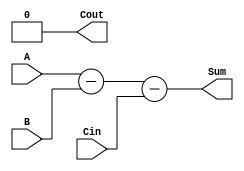
module Subtractor(

    input [3:0] A,
    input [3:0] B,
    input Cin,
    output [3:0] Sum,
    output Cout
);

wire [3:0] D;

assign D = A - B - Cin;

assign {Cout, Sum} = {D[3], D[2:0]};

endmodule